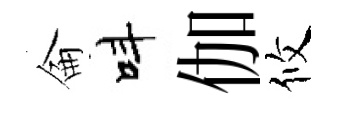
侖呌伽攸